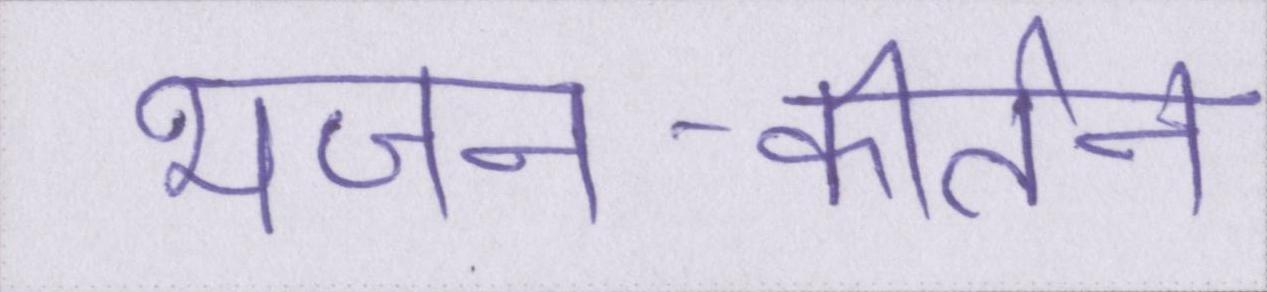
भजन-कीर्तन